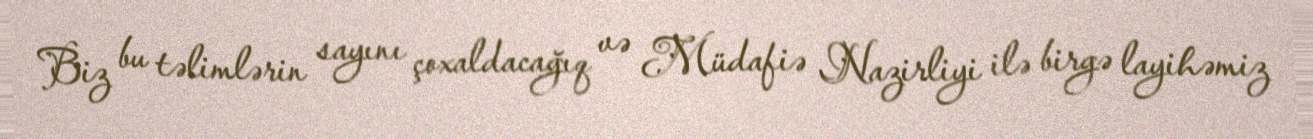
Biz bu təlimlərin sayını çoxaldacağıq və Müdafiə Nazirliyi ilə birgə layihəmiz